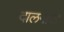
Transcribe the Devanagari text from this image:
दालनाचा